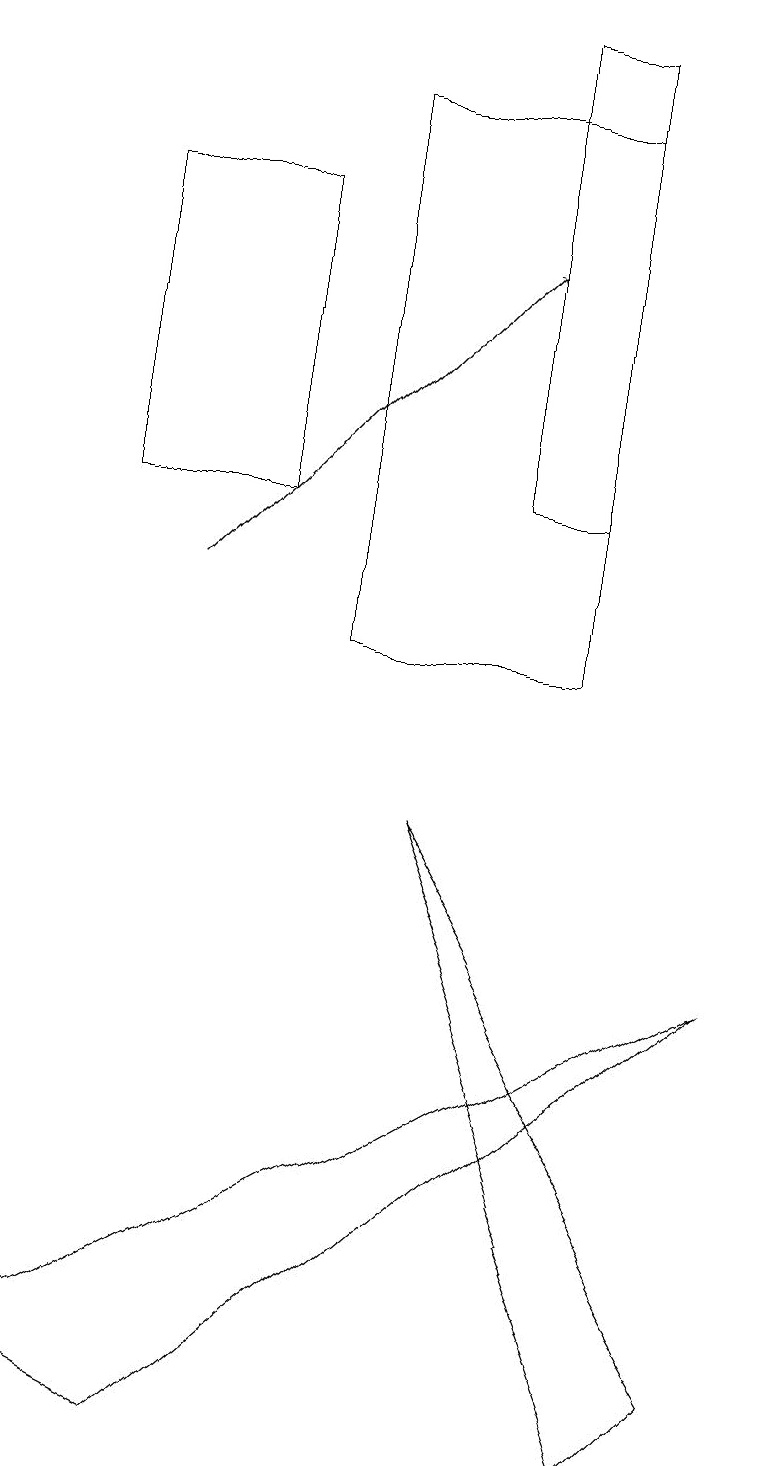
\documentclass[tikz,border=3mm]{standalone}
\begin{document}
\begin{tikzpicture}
\draw (6,12) rectangle (7,18);
\draw (7,17) rectangle (4,10);
\draw (9,1) -- (5,8) -- (8,0) -- cycle;
\draw[->] (2,11) -- (6,15);
\draw (2,0) -- (0,1) -- (9,6) -- cycle;
\draw (3,16) rectangle (1,12);
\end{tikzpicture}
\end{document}